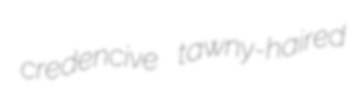
credencive tawny-haired